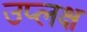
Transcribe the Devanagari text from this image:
उप्लक्ष